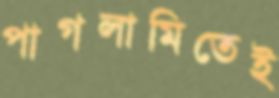
পাগলামিতেই